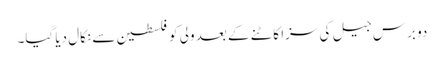
دو برس جیل کی سزا کاٹنے کے بعد ولی کو فلسطین سے نکال دیا گیا۔